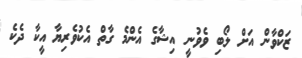
ޒަކްވާން އަށް ލޯބި ވެވުނީ އިޝާގެ އެންމެ ގާތް އެކުވެރިޔާ އީކާ ދެކެ